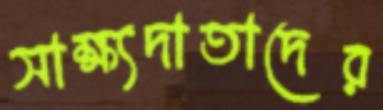
সাক্ষ্যদাতাদের